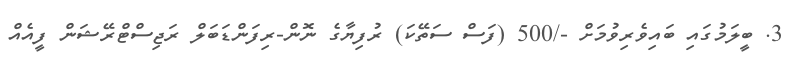
3. ބީލަމުގައި ބައިވެރިވުމަށް -/500 (ފަސް ސަތޭކަ) ރުފިޔާގެ ނޮން-ރިފަންޑަބަލް ރަޖިސްޓްރޭޝަން ފީއެއް